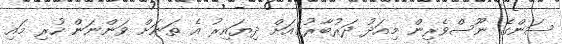
ސަންގެ ނޫސްވެރިން މިއަދު ދަރުބާރުގެއަށް ދިޔައިރު އެ ތަނަށް ވަންނަން ހުރި މައި